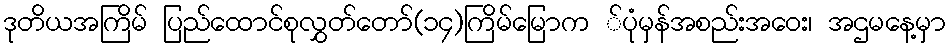
ဒုတိယအကြိမ် ပြည်ထောင်စုလွှတ်တော်(၁၄)ကြိမ်မြောက ်ပုံမှန်အစည်းအဝေး၊ အဌမနေ့မှာ